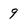
Character: 9